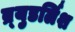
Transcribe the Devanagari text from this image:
ब्र्युडर्लिश